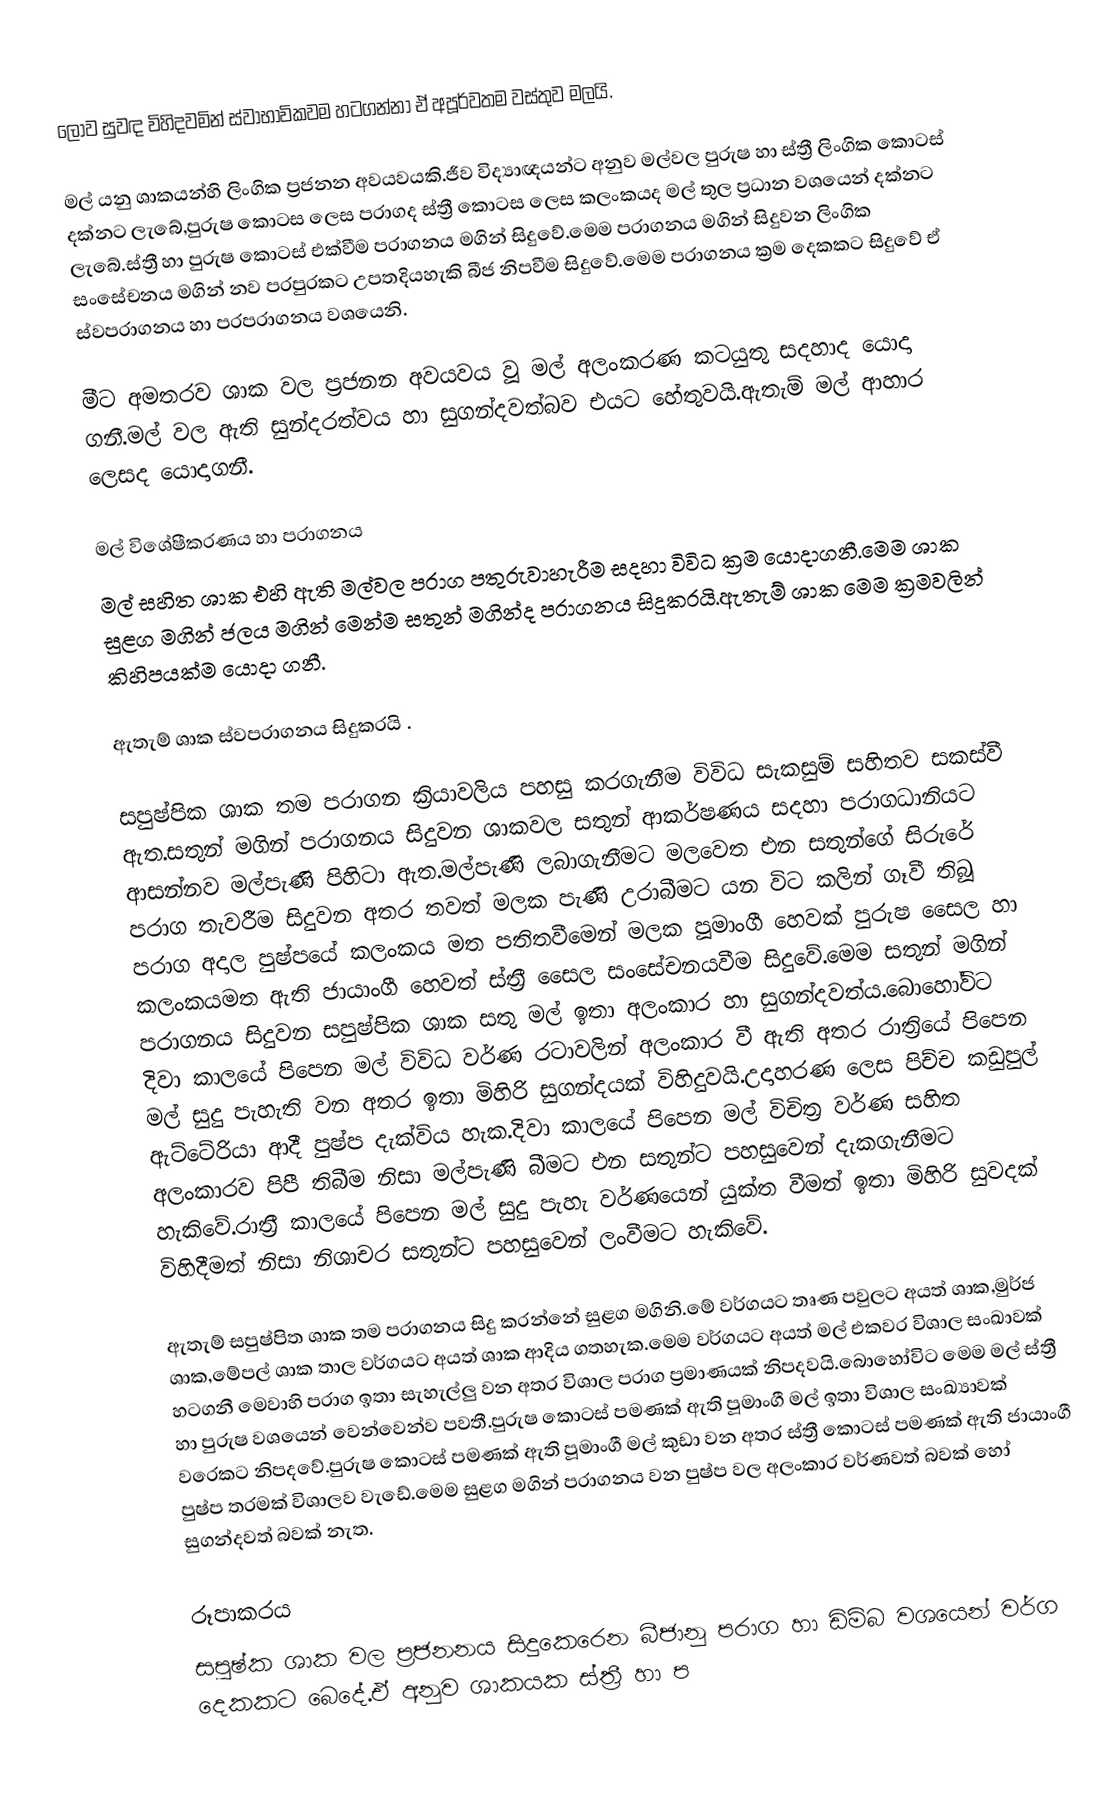
ලොව  සුවඳ විහිදවමින්  ස්වාභාවිකවම හටගන්නා ඒ අපූර්වතම වස්තුව මලයි.

මල් යනු ශාකයන්හි ලිංගික ප්‍රජනන අවයවයකි.ජීව විද්‍යාඥයන්ට අනුව මල්වල පුරුෂ හා ස්ත්‍රී ලිංගික කොටස් දක්නට ලැබේ,පුරුෂ කොටස ලෙස පරාගද ස්ත්‍රී කොටස ලෙස කලංකයද මල් තුල ප්‍රධාන වශයෙන් දක්නට ලැබේ.ස්ත්‍රී හා පුරුෂ කොටස් එක්වීම පරාගනය මගින් සිදුවේ.මෙම පරාගනය මගින් සිදුවන ලිංගික සංසේචනය මගින් නව පරපුරකට උපතදියහැකි බීජ නිපවීම සිදුවේ.මෙම පරාගනය ක්‍රම දෙකකට සිදුවේ ඒ ස්වපරාගනය හා පරපරාගනය වශයෙනි.

මීට අමතරව ශාක වල ප්‍රජනන අවයවය වූ මල් අලංකරණ කටයුතු සදහාද යොදා ගනී.මල් වල ඇති සුන්දරත්වය හා සුගන්දවත්බව එයට හේතුවයි.ඇතැම් මල් ආහාර ලෙසද යොදාගනී.

මල් විශේෂීකරණය හා පරාගනය
මල් සහිත ශාක එහි ඇති මල්වල පරාග පතුරුවාහැරීම සදහා විවිධ ක්‍රම යොදාගනී.මෙම ශාක සුළග මගින් ජලය මගින් මෙන්ම සතුන් මගින්ද පරාගනය සිදුකරයි.ඇතැම් ශාක මෙම ක්‍රමවලින් කිහිපයක්ම යොදා ගනී.

ඇතැම් ශාක ස්වපරාගනය සිදුකරයි .

සපුෂ්පික ශාක තම පරාගන ක්‍රියාවලිය පහසු කරගැනීම විවිධ සැකසුම් සහිතව සකස්වී ඇත.සතුන් මගින් පරාගනය සිදුවන ශාකවල සතුන් ආකර්ෂණය සදහා පරාගධානියට ආසන්නව මල්පැණි පිහිටා ඇත.මල්පැණි ලබාගැනීමට මලවෙත එන සතුන්ගේ සිරුරේ පරාග තැවරීම සිදුවන අතර තවත් මලක පැණි උරාබීමට යන විට කලින් ගෑවී තිබූ පරාග අදාල පුෂ්පයේ කලංකය මත පතිතවීමෙන් මලක පූමාංගී හෙවක් පුරුෂ සෛල හා කලංකයමත ඇති ජායාංගී හෙවත් ස්ත්‍රී සෛල සංසේචනයවීම සිදුවේ.මෙම සතුන් මගින් පරාගනය සිදුවන සපුෂ්පික ශාක සතු මල් ඉතා අලංකාර හා සුගන්දවත්ය.බොහෝවිට දිවා කාලයේ පිපෙන මල් විවිධ වර්ණ රටාවලින් අලංකාර වී ඇති අතර රාත්‍රියේ පිපෙන මල් සුදු පැහැති වන අතර ඉතා මිහිරි සුගන්දයක් විහිදුවයි.උදාහරණ ලෙස පිච්ච කඩුපුල් ඇට්ටේරියා ආදී පුෂ්ප දැක්විය හැක.දිවා කාලයේ පිපෙන මල් විචිත්‍ර වර්ණ සහිත අලංකාරව පිපී තිබීම නිසා මල්පැණි බීමට එන සතුන්ට පහසුවෙන් දැකගැනීමට හැකිවේ.රාත්‍රී කාලයේ පිපෙන මල් සුදු පැහැ වර්ණයෙන් යුක්ත වීමත් ඉතා මිහිරි සුවදක් විහිදීමත් නිසා නිශාචර සතුන්ට පහසුවෙන් ලංවීමට හැකිවේ.

ඇතැම් සපුෂ්පිත ශාක තම පරාගනය සිදු කරන්නේ සුළග මගිනි.මේ වර්ගයට තෘණ පවුලට අයත් ශාක,මුර්ජ ශාක,මේපල් ශාක තාල වර්ගයට අයත් ශාක ආදිය ගතහැක.මෙම වර්ගයට අයත් මල් එකවර විශාල සංඛාවක් හටගනී මෙවාහි පරාග ඉතා සැහැල්ලු වන අතර විශාල පරාග ප්‍රමාණයක් නිපදවයි.බොහෝවිට මෙම මල් ස්ත්‍රී හා පුරුෂ වශයෙන් වෙන්වෙන්ව පවතී.පුරුෂ කොටස් පමණක් ඇති පූමාංගී මල් ඉතා විශාල සංඛ්‍යාවක් වරෙකට නිපදවේ.පුරුෂ කොටස් පමණක් ඇති පූමාංගී මල් කුඩා වන අතර ස්ත්‍රී කොටස් පමණක් ඇති ජායාංගී පුෂ්ප තරමක් විශාලව වැඩේ.මෙම සුළග මගින් පරාගනය වන පුෂ්ප වල අලංකාර වර්ණවත් බවක් හෝ සුගන්දවත් බවක් නැත.

රූපාකරය
සපුෂ්ක ශාක වල ප්‍රජනනය සිදුකෙරෙන බීජානු පරාග හා ඩිම්බ වශයෙන් වර්ග දෙකකට බෙදේ.ඒ අනුව ශාකයක ස්ත්‍රී හා ප